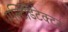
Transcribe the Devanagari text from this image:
मल्टिडिटेक्टर